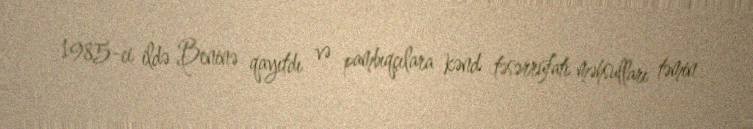
1985-ci ildə Beninə qayıtdı və pambıqçılara kənd təsərrüfatı məhsulları təmin